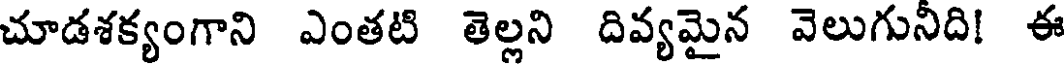
చూడశక్యంగాని ఎంతటి తెల్లని దివ్యమైన వెలుగునిది! ఈ